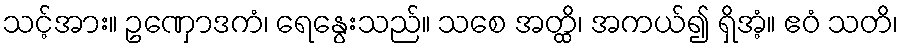
သင့်အား။ ဥဏှောဒကံ၊ ရေနွေးသည်။ သစေ အတ္ထိ၊ အကယ်၍ ရှိအံ့။ ဧဝံ သတိ၊